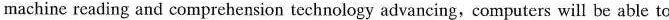
machine reading and comprehension tcchnology advancing, computers will be able to